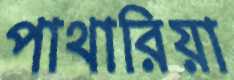
পাথারিয়া